Note on the mental hospitals in Burma - 1925-1940
Year: 1925
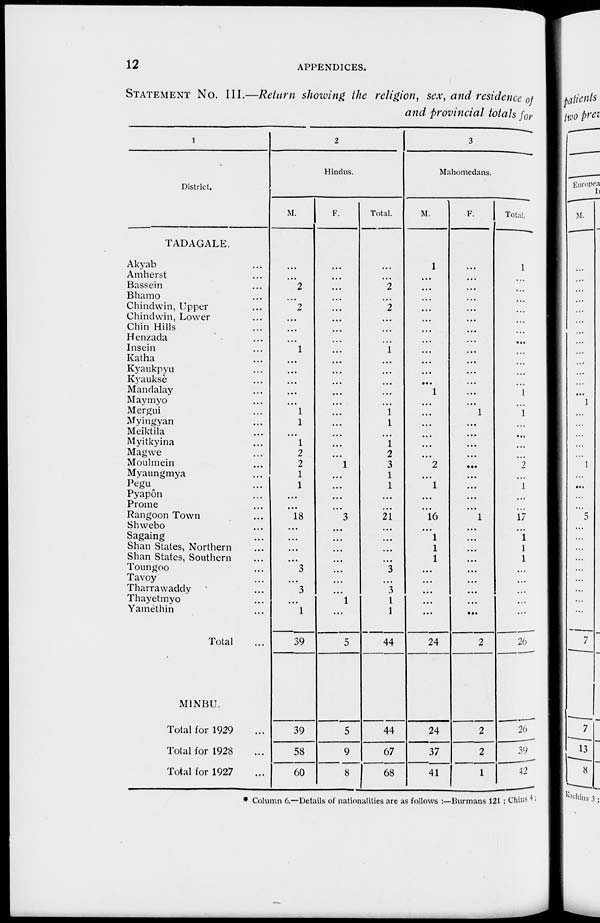
12
APPENDICES.
STATEMENT
No. III.—Return showing the religion, sex, and residence of
and provincial totals for
1
District.
TADAGALE.
Akyab ...
Amherst ...
Bassein ...
Bhamo ...
Chindwin, Upper ...
Chindwin, Lower ...
Chin Hills ...
Henzada ...
Insein ...
Katha ...
Kyaukpyu ...
Kyauksè ...
Mandalay ...
Maymyo ...
Mergui ...
Myingyan ...
Meiktila ...
Myitkyina ...
Magwe ...
Moulmein ...
Myaungmya ...
Pegu ...
Pyapôn ...
Prome ...
Rangoon Town ...
Shwebo ...
Sagaing ...
Shan States, Northern ...
Shan States, Southern ...
Toungoo ...
Tavoy ...
Tharrawaddy ...
Thayetmyo ...
Yamèthin ...
Total ...
MINBU.
Total for 1929 ...
Total for 1928 ...
Total for 1927 ...
2
Hindus.
M.
...
...
2
...
2
...
...
...
1
...
...
...
...
...
1
1
...
1
2
2
1
1
...
...
18
...
...
...
...
3
...
3
...
1
39
39
58
60
F.
...
...
...
...
...
...
...
...
...
...
...
...
...
...
...
...
...
...
...
1
...
...
...
...
3
...
...
...
...
...
...
...
1
...
5
5
9
8
Total.
...
...
2
...
2
...
...
...
1
...
...
...
...
...
1
1
...
1
2
3
1
1
...
...
21
...
...
...
...
3
...
3
1
1
44
44
67
68
3
Mahomedans.
M.
1
...
...
...
...
...
...
...
...
...
...
...
1
...
...
...
...
...
...
2
...
1
...
...
16
...
1
1
1
...
...
...
...
...
24
24
37
41
F.
...
...
...
...
...
...
...
...
...
...
...
...
...
...
1
...
...
...
...
...
...
...
...
...
1
...
...
...
...
...
...
...
...
...
2
2
2
1
Total.
1
...
...
...
...
...
...
...
...
...
...
...
1
...
1
...
...
...
...
2
...
1
...
...
17
...
1
1
1
...
...
...
...
...
26
26
39
42
* Column 6.—Details of nationalities are as follows :—Burmans 121 ; Chins 4 ;